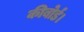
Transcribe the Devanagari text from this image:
कीबोर्ड।